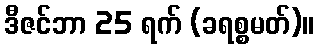
ဒီဇင်ဘာ 25 ရက် (ခရစ္စမတ်)။